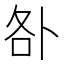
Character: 𠧨